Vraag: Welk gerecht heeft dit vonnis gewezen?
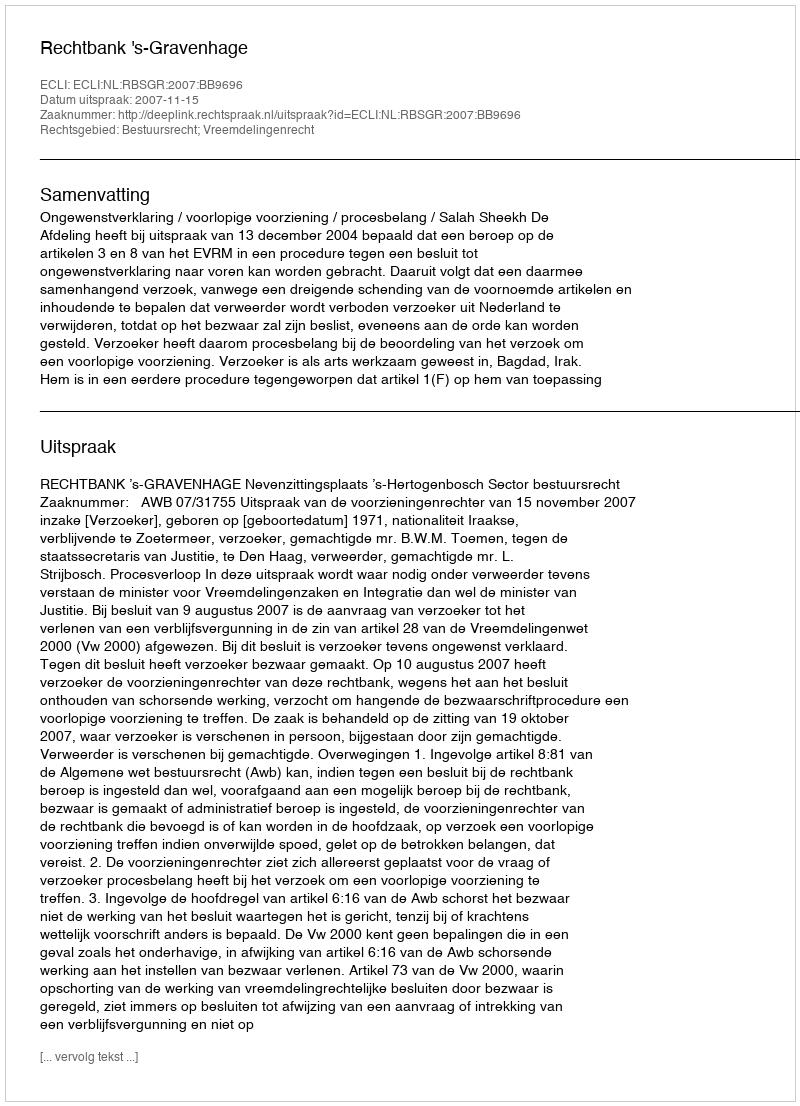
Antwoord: Rechtbank 's-Gravenhage